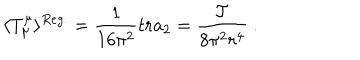
LaTeX: \langle T _ { \mu } ^ { \mu } \rangle ^ { R e g . } = \frac 1 { 1 6 \pi ^ { 2 } } t r a _ { 2 } = \frac { \cal { T } } { 8 \pi ^ { 2 } r ^ { 4 } } \ .